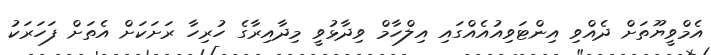
އެމްވީޔޫތަށް ދެއްވި އިންޓަވިއުއެއްގައި އިލްހާމް ވިދާޅުވީ މިދާއިރާގެ ހުރިހާ ރަށަކަށް އެތަށް ފަހަރަކު